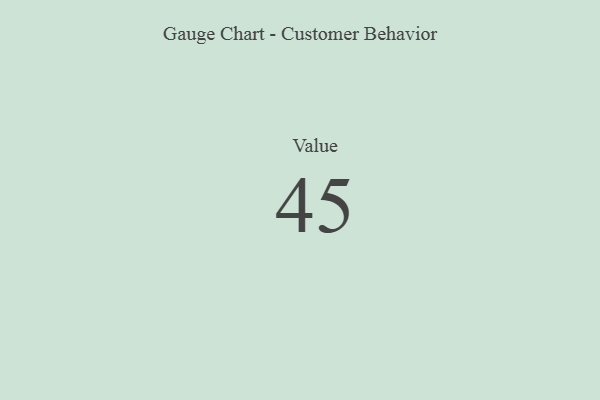
{"axis": {"x": "Metric", "y": "Value"}, "legend": [""], "data": [{"x": "Value", "y": 45, "type": ""}]}